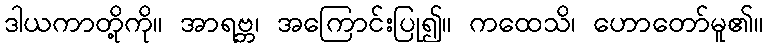
ဒါယကာတို့ကို။ အာရဗ္ဘ၊ အကြောင်းပြု၍။ ကထေသိ၊ ဟောတော်မူ၏။